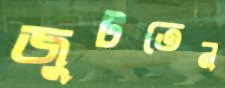
জুটতেন